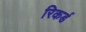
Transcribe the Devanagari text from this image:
रिकर्ड